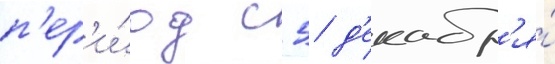
п'ер'и́од с 5 д'екабр'я́